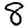
Digit: 8